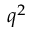
q ^ { 2 }